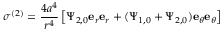
\boldsymbol { \sigma } ^ { ( 2 ) } = \frac { 4 a ^ { 4 } } { r ^ { 4 } } \left[ \Psi _ { 2 , 0 } \mathbf { e } _ { r } \mathbf { e } _ { r } + ( \Psi _ { 1 , 0 } + \Psi _ { 2 , 0 } ) \mathbf { e } _ { \theta } \mathbf { e } _ { \theta } \right]